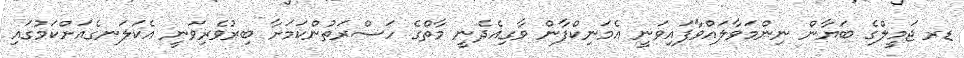
ޑރ ޖަމީލްގެ ބަޔާން ނިންމަވާލައްވާފައިވަނީ އެމަނިކްފާން ވާގިއެދެނީ މާތްގެ ހަސްރަތުންކަމަށާ ބިރުވެރިވަނީ އެކަލަނގެއަށްކަމުގައި